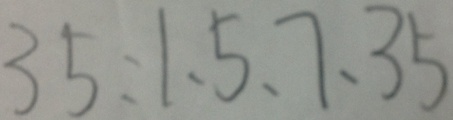
3 5 : 1 、 5 、 7 、 3 5